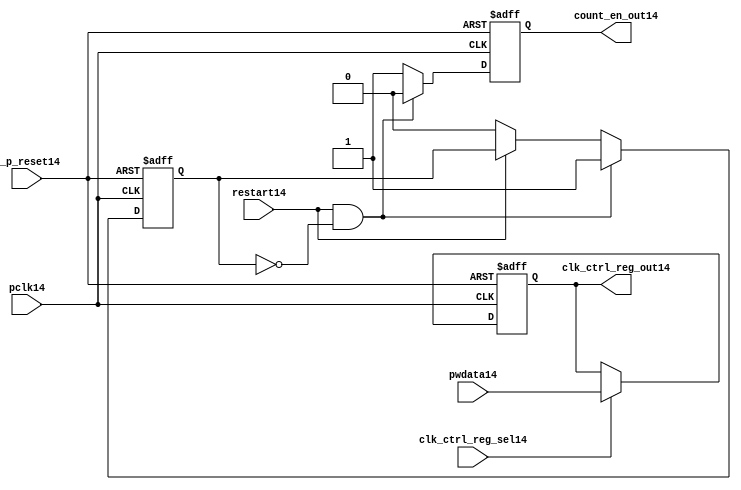
//File14 name   : ttc_count_rst_lite14.v
//Title14       : 
//Created14     : 1999
//Description14 : TTC14 counter reset block
//Notes14       : 
//----------------------------------------------------------------------
//   Copyright14 1999-2010 Cadence14 Design14 Systems14, Inc14.
//   All Rights14 Reserved14 Worldwide14
//
//   Licensed14 under the Apache14 License14, Version14 2.0 (the
//   "License14"); you may not use this file except14 in
//   compliance14 with the License14.  You may obtain14 a copy of
//   the License14 at
//
//       http14://www14.apache14.org14/licenses14/LICENSE14-2.0
//
//   Unless14 required14 by applicable14 law14 or agreed14 to in
//   writing, software14 distributed14 under the License14 is
//   distributed14 on an "AS14 IS14" BASIS14, WITHOUT14 WARRANTIES14 OR14
//   CONDITIONS14 OF14 ANY14 KIND14, either14 express14 or implied14.  See
//   the License14 for the specific14 language14 governing14
//   permissions14 and limitations14 under the License14.
//----------------------------------------------------------------------

module ttc_count_rst_lite14(

  //inputs14
  n_p_reset14,                             
  pclk14, 
  pwdata14,                                                           
  clk_ctrl_reg_sel14,
  restart14,        

  //outputs14
  count_en_out14,
  clk_ctrl_reg_out14

  );


//-----------------------------------------------------------------------------
// PORT DECLARATIONS14
//-----------------------------------------------------------------------------

   // inputs14
   input n_p_reset14;                 // Reset14 signal14
   input pclk14;                    // APB14 System14 clock14
   input [6:0] pwdata14;           // 7-Bit14 pwdata14 from APB14 interface
   input clk_ctrl_reg_sel14;        // Select14 for the clk_ctrl_reg14
   input restart14;                 // Restart14 reset from cntr_ctrl_reg14

   // outputs14
   output count_en_out14;
   output [6:0] clk_ctrl_reg_out14; // Controls14 clock14 selected


//-----------------------------------------------------------------------------
// Internal Signals14 & Registers14
//-----------------------------------------------------------------------------


   
   reg [6:0]    clk_ctrl_reg14;     //7-bit clock14 control14 register.
   
   reg          restart_var14;      //ensures14 prescaler14 reset at start of restart14 
   
   reg          count_en14;         //enable signal14 to counter

   
   wire [6:0]   clk_ctrl_reg_out14; //clock14 control14 output wire
   wire         count_en_out14;     //counter enable output
   
   
//-----------------------------------------------------------------------------
// Logic14 Section14:


//
//    p_clk_ctrl14: Process14 to implement the clk_ctrl_reg14.  
//                When14 select14 line is set then14 the data will be inserted14 to 
//                the clock14 control14 register, otherwise14 it will be equal14 to 
//                the previous value of the register, else it will be zero.
//-----------------------------------------------------------------------------

   assign clk_ctrl_reg_out14  = clk_ctrl_reg14;
   assign count_en_out14      = count_en14;


//    p_ps_counter14: counter for clock14 enable generation14.
   
   always @(posedge pclk14 or negedge n_p_reset14)
   begin: p_ps_counter14
      
      if (!n_p_reset14)
      begin
         restart_var14  <= 1'b0;
         count_en14     <= 1'b0;
      end
      else
      begin
         if (restart14 & ~restart_var14)
         begin
            restart_var14  <= 1'b1;
            count_en14     <= 1'b0;
         end 
         
         else 
           begin
              
              if (~restart14)
                 restart_var14 <= 1'b0;
              else
                 restart_var14 <= restart_var14;
                 
              count_en14     <= 1'b1;        
              
           end
      end // else: !if(!n_p_reset14)      
  
   end  //p_ps_counter14



// p_clk_ctrl14 : Process14 for writing to the clk_ctrl_reg14
   
   always @ (posedge pclk14 or negedge n_p_reset14)
   begin: p_clk_ctrl14
      
      if (!n_p_reset14)
         clk_ctrl_reg14 <= 7'h00;
      else
      begin 

         if (clk_ctrl_reg_sel14)
            clk_ctrl_reg14 <= pwdata14;
         else
            clk_ctrl_reg14 <= clk_ctrl_reg14;

      end 
      
   end  //p_clk_ctrl14

   
endmodule